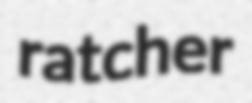
ratcher